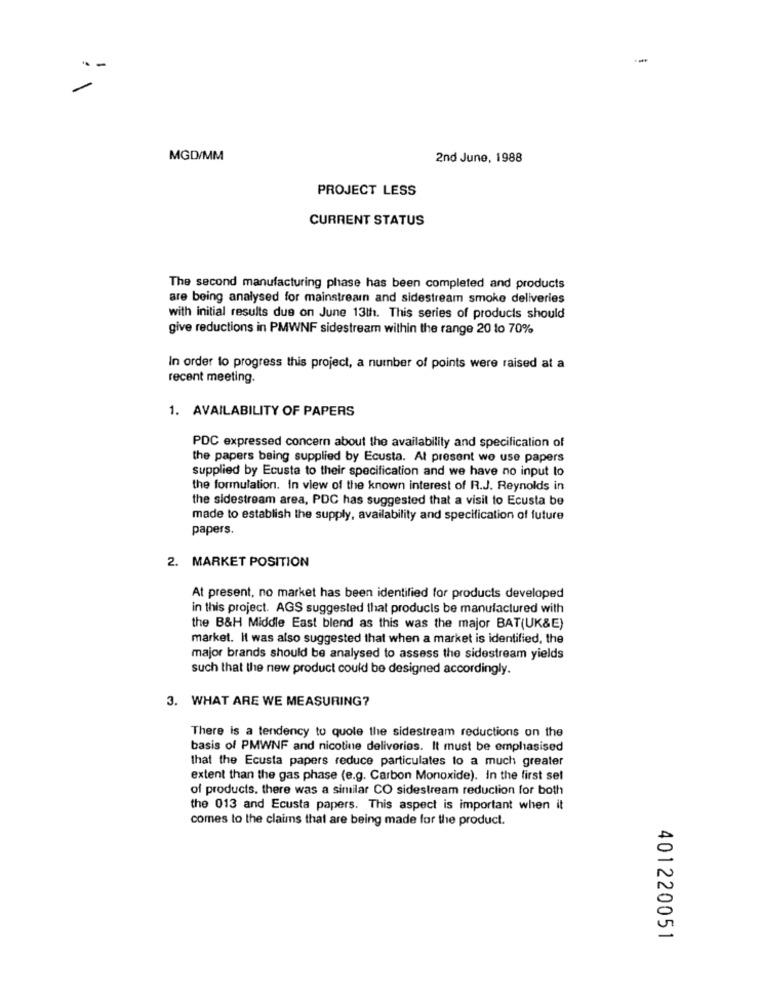
.-
-
MGD/MM
2nd June, 1988
PROJECT LESS
CURRENT STATUS
The second manufacturing phase has been completed and products
are being analysed for mainstreamn and sidestream smoke deliveries
with initial results due on June 13th. This series of products should
give reductions in PMWNF sidestream within the range 20 to 70%
In order to progress this project, a number of points were raised at a
recent meeting.
1. AVAILABILITY OF PAPERS
PDC expressed concern about the availability and specification of
the papers being supplied by Ecusta. At present wo use papers
supplied by Ecusta to their specification and we have no input to
the formulation. In view of the known interest of R.J. Reynolds in
the sidestream area, PDC has suggested that a visit to Ecusta be
made to establish the supply, availability and specification of future
papers.
2. MARKET POSITION
At present, no market has been identified for products developed
in this project. AGS suggested that products be manufactured with
the B&H Middle East blend as this was the major BAT(UK&E)
market. It was also suggested that when a market is identified, the
major brands should be analysed to assess the sidestream yields
such that the new product could be designed accordingly.
3. WHAT ARE WE MEASURING?
There is a tendency to quote the sidestream reductions on the
basis of PMWNF and nicotine delivorios. It must be emphasised
that the Ecusta papers reduce particulates to a much greater
extent than the gas phase (e.g. Carbon Monoxide). In the first sel
of products. there was a similar CO sidestream reduction for both
the 013 and Ecusta papers. This aspect is important when it
comes to the claims that are being made for the product.
401220051